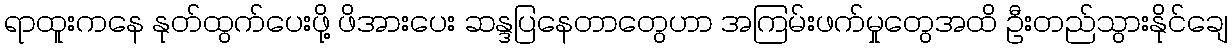
ရာထူးကနေ နုတ်ထွက်ပေးဖို့ ဖိအားပေး ဆန္ဒပြနေတာတွေဟာ အကြမ်းဖက်မှုတွေအထိ ဦးတည်သွားနိုင်ချေ